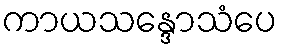
ကာယသန္ဒောသံပေ